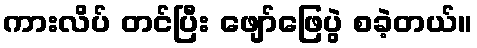
ကားလိပ် တင်ပြီး ဖျော်ဖြေပွဲ စခဲ့တယ်။